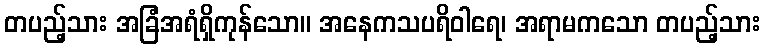
တပည့်သား အခြံအရံရှိကုန်သော။ အနေကသပရိဝါရေ၊ အရာမကသော တပည့်သား